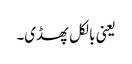
یعنی بالکل پھسڈی۔